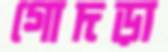
গোদড়া